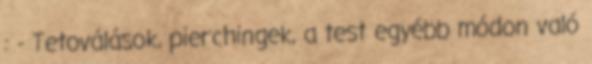
: - Tetoválások, pierchingek, a test egyébb módon való